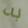
به